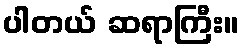
ပါတယ် ဆရာကြီး။